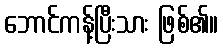
ဘောင်ကန့်ပြီးသား ဖြစ်၏။